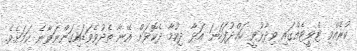
ކުރެއްވި ޓްވީޓެއްގައި ވިދާޅުވީ ހައްދުފަހަނަ އަޅާ ދިއުމާ ދެކޮޅަށް އޭނާ ތެދުވެވަޑައިގަންނަވާނެ ކަމަށެވެ.